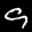
Label: 9